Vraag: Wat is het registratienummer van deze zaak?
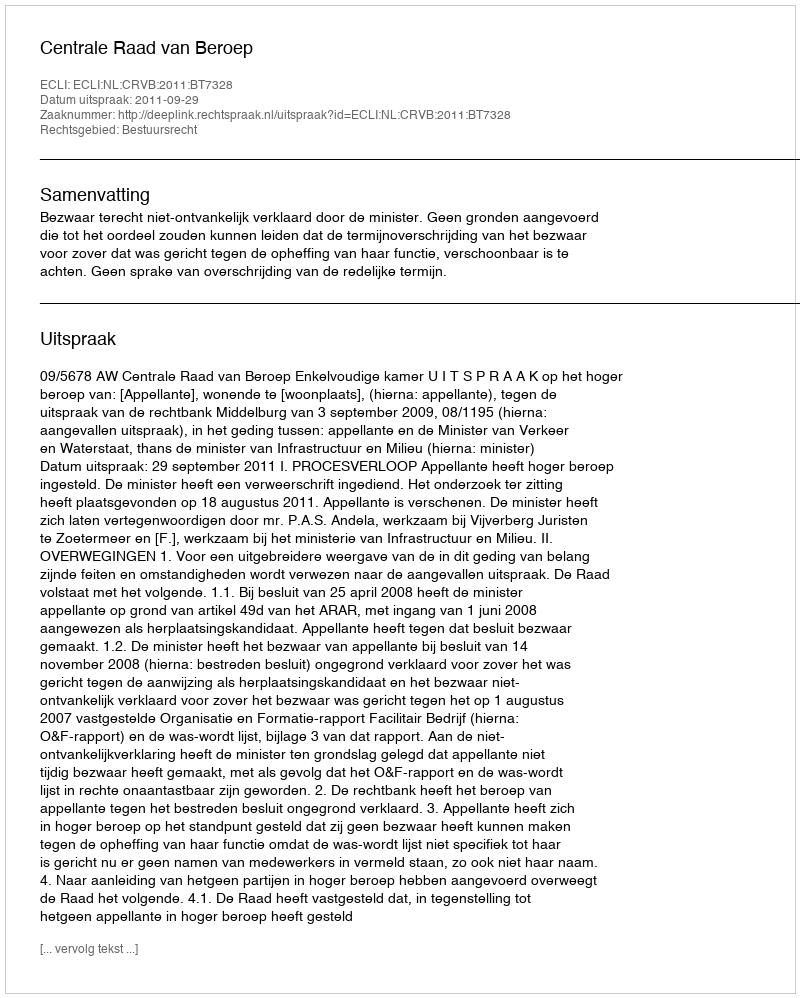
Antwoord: http://deeplink.rechtspraak.nl/uitspraak?id=ECLI:NL:CRVB:2011:BT7328